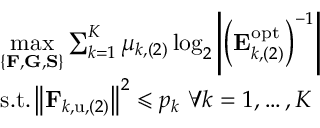
\begin{array} { r l } & { \underset { \left\{ \mathbf { F } , \mathbf { G } , \mathbf { S } \right\} } { \operatorname* { m a x } } \sum _ { k = 1 } ^ { K } { \mu _ { k , ( 2 ) } \log _ { 2 } \left| \left( \mathbf { E } _ { k , ( 2 ) } ^ { \mathrm { o p t } } \right) ^ { - 1 } \right| } } \\ & { \mathrm { s } . \mathrm { t } . \left\| \mathbf { F } _ { k , \mathrm { u } , ( 2 ) } \right\| ^ { 2 } \leqslant p _ { k } \, \, \forall k = 1 , \dots , K } \end{array}